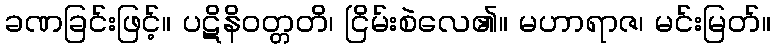
ခဏခြင်းဖြင့်။ ပဋိနိဝတ္တတိ၊ ငြိမ်းစဲလေ၏။ မဟာရာဇ၊ မင်းမြတ်။